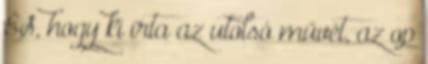
ÉS, hogy ki írta az utolsó művét, az op